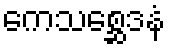
ကေသစ္ဆေဒနံ